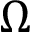
\Omega